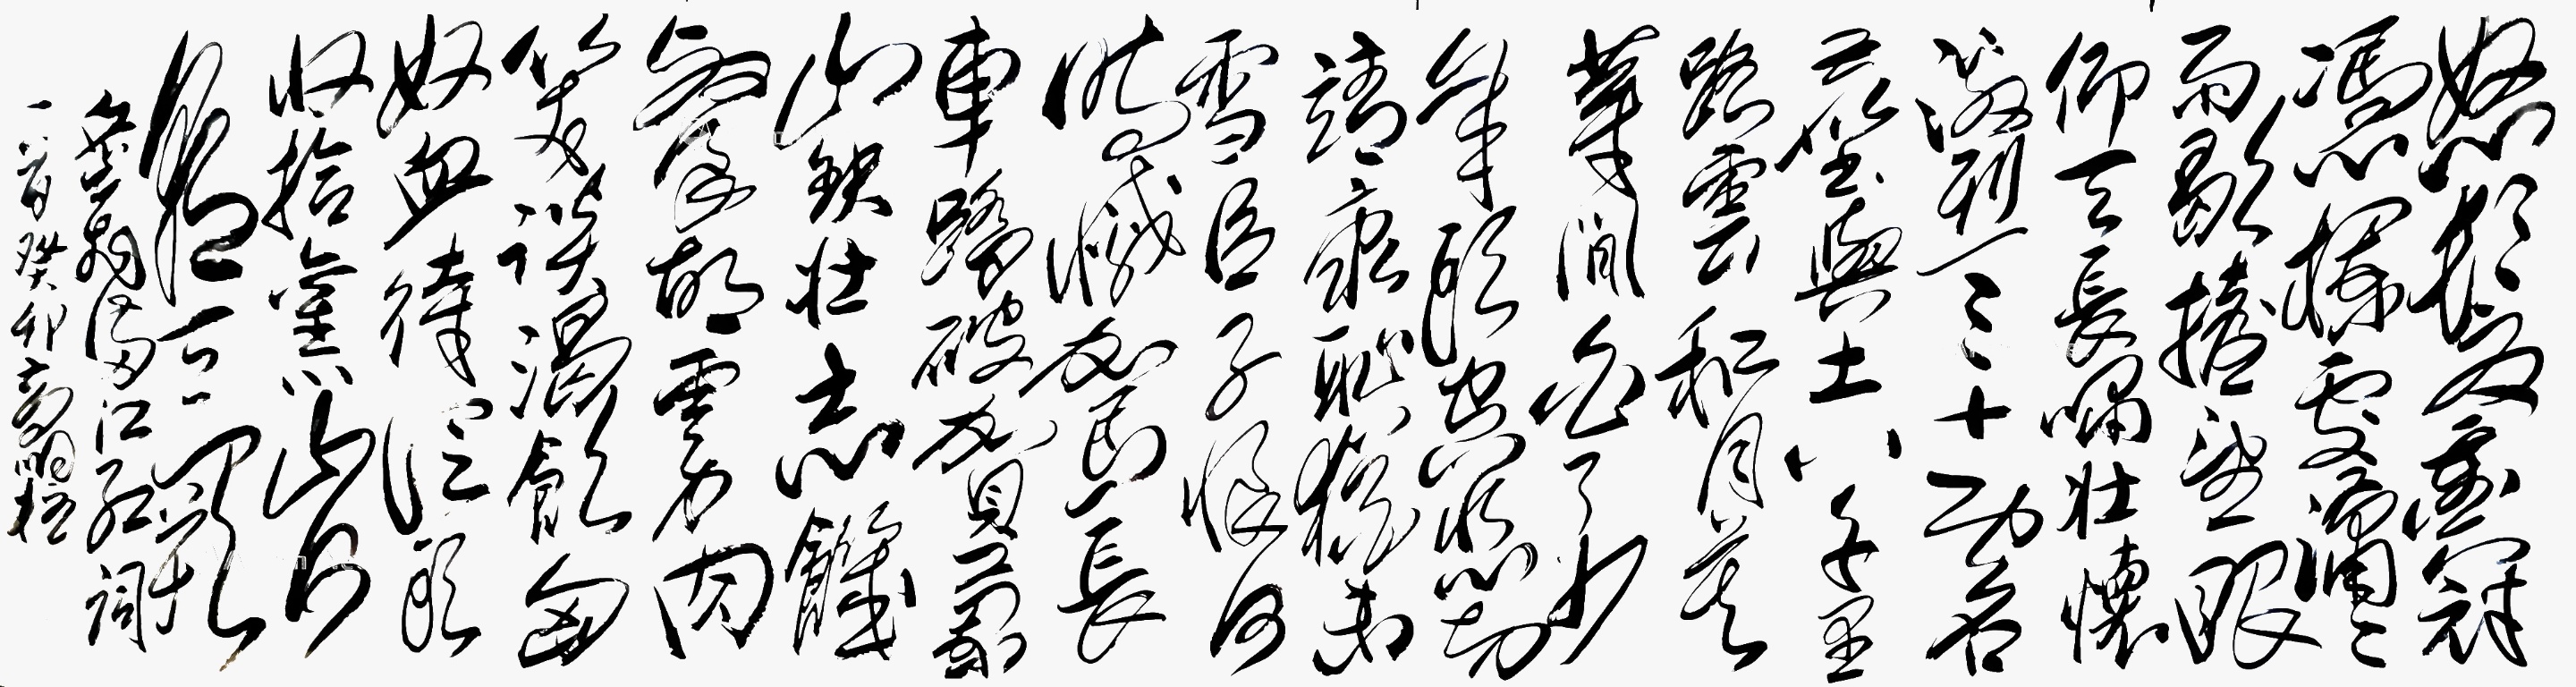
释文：怒发冲冠，凭栏处、潇潇雨歇。抬望眼，仰天长啸，壮怀激烈。三十功名尘与土，八千里路云和月。莫等闲，白了少年头，空悲切！
靖康耻，犹未雪。臣子恨，何时灭！驾长车，踏破贺兰山缺。壮志饥餐胡虏肉，笑谈渴饮匈奴血。待从头、收拾旧山河，朝天阙。高明柱2023年作